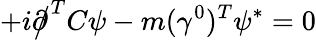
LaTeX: +i{\partial\! \! \! {\big/}}^{T}C\psi-m(\gamma^{0})^{T}\psi^{*}=0